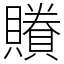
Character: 䞉